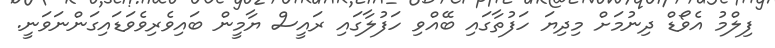
ފިލްމު އެވޯޑް ދިނުމަށް މިދިޔަ ހަފުތާގައި ބޭއްވި ހަފުލާގައި ރައީސް ޔާމީން ބައިވެރިވެވަޑައިގަންނަވަނީ.